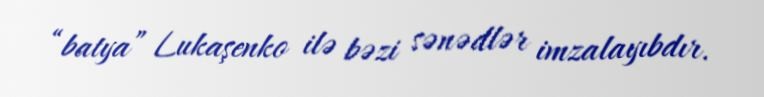
“batya” Lukaşenko ilə bəzi sənədlər imzalayıbdır.